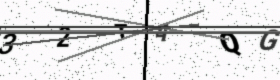
Text: 32TAQG